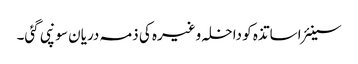
سینئر اساتذہ کو داخلہ وغیرہ کی ذمہ دریان سونپی گئی۔